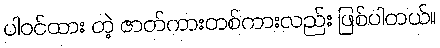
ပါဝင်ထား တဲ့ ဇာတ်ကားတစ်ကားလည်း ဖြစ်ပါတယ်။